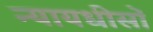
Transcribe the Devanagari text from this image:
न्यायधीसों